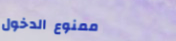
ممنوع الدخول